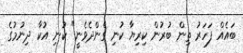
ބައެއް ފަހަރު ތިން ބުރުން ކިރިޔާ ކުނި ގެންދެވެނީ" ކުނި އުކާ ދިނުމުގެ